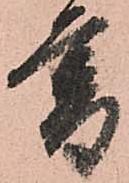
暮